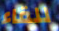
للقاء